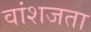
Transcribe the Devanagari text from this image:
वांशजता